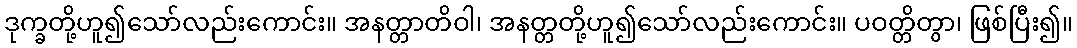
ဒုက္ခတို့ဟူ၍သော်လည်းကောင်း။ အနတ္တာတိဝါ၊ အနတ္တတို့ဟူ၍သော်လည်းကောင်း။ ပဝတ္တိတွာ၊ ဖြစ်ပြီး၍။